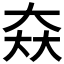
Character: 𡘙